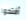
أفتحوا